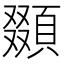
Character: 䫎